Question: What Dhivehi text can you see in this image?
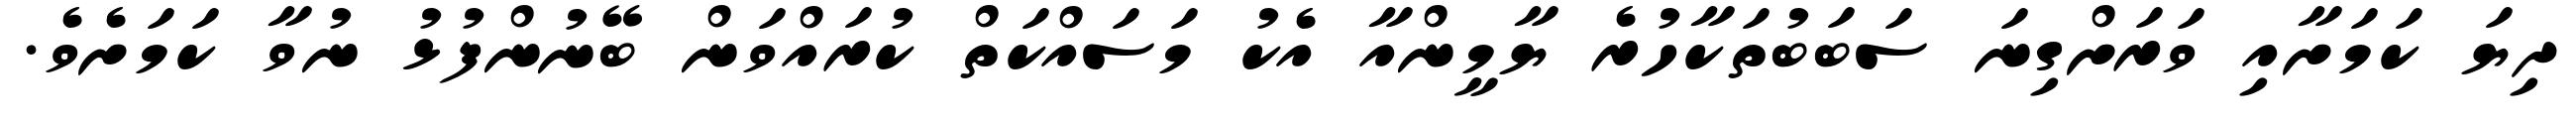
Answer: ދިޔަ ކަމަށާއި ވަރަށްގިނަ ސަބަބުތަކާހުރެ ޔާމީންއާ އެކު މަސައްކަތް ކުރައްވަން ބޭނުންފުޅު ނުވާ ކަމަށެވެ.